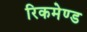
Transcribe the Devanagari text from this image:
रिकमेण्ड